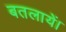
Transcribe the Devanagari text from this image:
बतलायें।